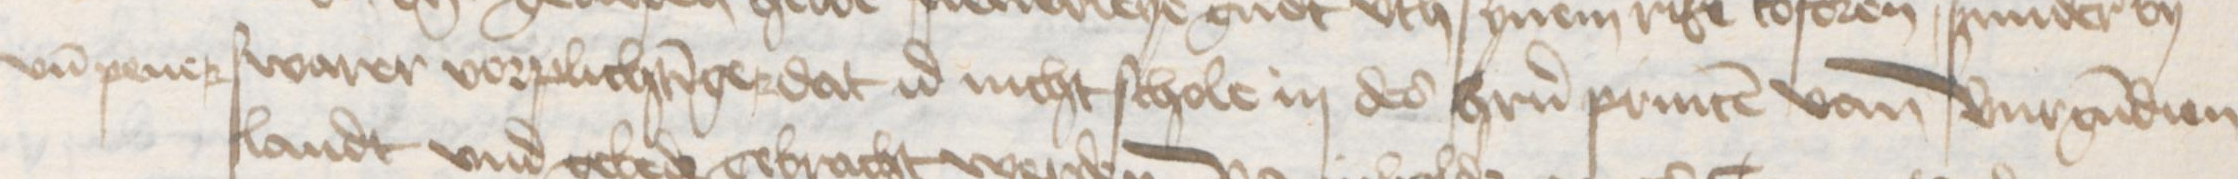
vnd pener swarer vorplichtinger dat id nicht schole in des herrn princen van Burgundien